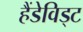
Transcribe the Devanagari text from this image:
हैंडेविड्ट